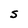
Character: S